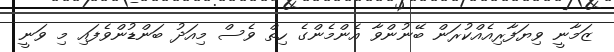
ޒަމާނީ ވިޔަފާރިއެއްކުރަން ބޭނުންވާ އެންމެންގެ ހިތް ވެސް މިއަދު ބަންޑުންވެފައި މި ވަނީ